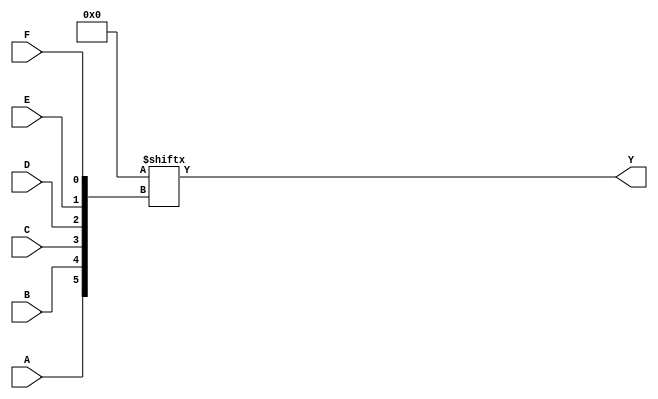
module kmap_6var (
    input wire A, B, C, D, E, F, // Six input variables
    output wire Y                // Output of the simplified Boolean function
);

// Internal wire to represent the minterms
wire [63:0] minterms;

// Define the minterms based on the K-map grouping
assign minterms[0]   = 1'b0;  // m0
assign minterms[1]   = 1'b0;  // m1
assign minterms[2]   = 1'b0;  // m2
assign minterms[3]   = 1'b0;  // m3
assign minterms[4]   = 1'b0;  // m4
assign minterms[5]   = 1'b0;  // m5
assign minterms[6]   = 1'b0;  // m6
assign minterms[7]   = 1'b0;  // m7
assign minterms[8]   = 1'b0;  // m8
assign minterms[9]   = 1'b0;  // m9
assign minterms[10]  = 1'b0;  // m10
assign minterms[11]  = 1'b0;  // m11
assign minterms[12]  = 1'b0;  // m12
assign minterms[13]  = 1'b0;  // m13
assign minterms[14]  = 1'b0;  // m14
assign minterms[15]  = 1'b0;  // m15
assign minterms[16]  = 1'b0;  // m16
assign minterms[17]  = 1'b0;  // m17
assign minterms[18]  = 1'b0;  // m18
assign minterms[19]  = 1'b0;  // m19
assign minterms[20]  = 1'b0;  // m20
assign minterms[21]  = 1'b0;  // m21
assign minterms[22]  = 1'b0;  // m22
assign minterms[23]  = 1'b0;  // m23
assign minterms[24]  = 1'b0;  // m24
assign minterms[25]  = 1'b0;  // m25
assign minterms[26]  = 1'b0;  // m26
assign minterms[27]  = 1'b0;  // m27
assign minterms[28]  = 1'b0;  // m28
assign minterms[29]  = 1'b0;  // m29
assign minterms[30]  = 1'b0;  // m30
assign minterms[31]  = 1'b0;  // m31
assign minterms[32]  = 1'b0;  // m32
assign minterms[33]  = 1'b0;  // m33
assign minterms[34]  = 1'b0;  // m34
assign minterms[35]  = 1'b0;  // m35
assign minterms[36]  = 1'b0;  // m36
assign minterms[37]  = 1'b0;  // m37
assign minterms[38]  = 1'b0;  // m38
assign minterms[39]  = 1'b0;  // m39
assign minterms[40]  = 1'b0;  // m40
assign minterms[41]  = 1'b0;  // m41
assign minterms[42]  = 1'b0;  // m42
assign minterms[43]  = 1'b0;  // m43
assign minterms[44]  = 1'b0;  // m44
assign minterms[45]  = 1'b0;  // m45
assign minterms[46]  = 1'b0;  // m46
assign minterms[47]  = 1'b0;  // m47
assign minterms[48]  = 1'b0;  // m48
assign minterms[49]  = 1'b0;  // m49
assign minterms[50]  = 1'b0;  // m50
assign minterms[51]  = 1'b0;  // m51
assign minterms[52]  = 1'b0;  // m52
assign minterms[53]  = 1'b0;  // m53
assign minterms[54]  = 1'b0;  // m54
assign minterms[55]  = 1'b0;  // m55
assign minterms[56]  = 1'b0;  // m56
assign minterms[57]  = 1'b0;  // m57
assign minterms[58]  = 1'b0;  // m58
assign minterms[59]  = 1'b0;  // m59
assign minterms[60]  = 1'b0;  // m60
assign minterms[61]  = 1'b0;  // m61
assign minterms[62]  = 1'b0;  // m62
assign minterms[63]  = 1'b0;  // m63

// Output logic based on the minterms
assign Y = minterms[{A, B, C, D, E, F}];

endmodule